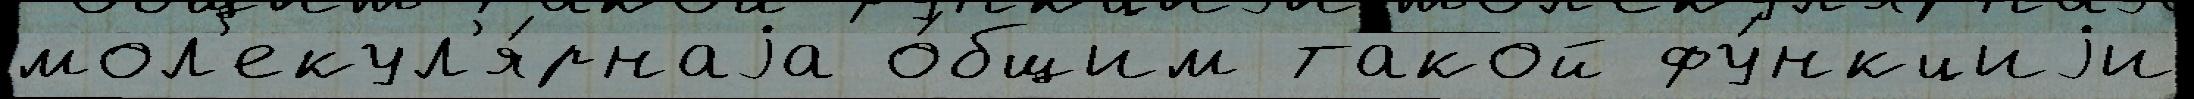
мол'екул'я́рнаjа о́бщим такой фу́нкциjи